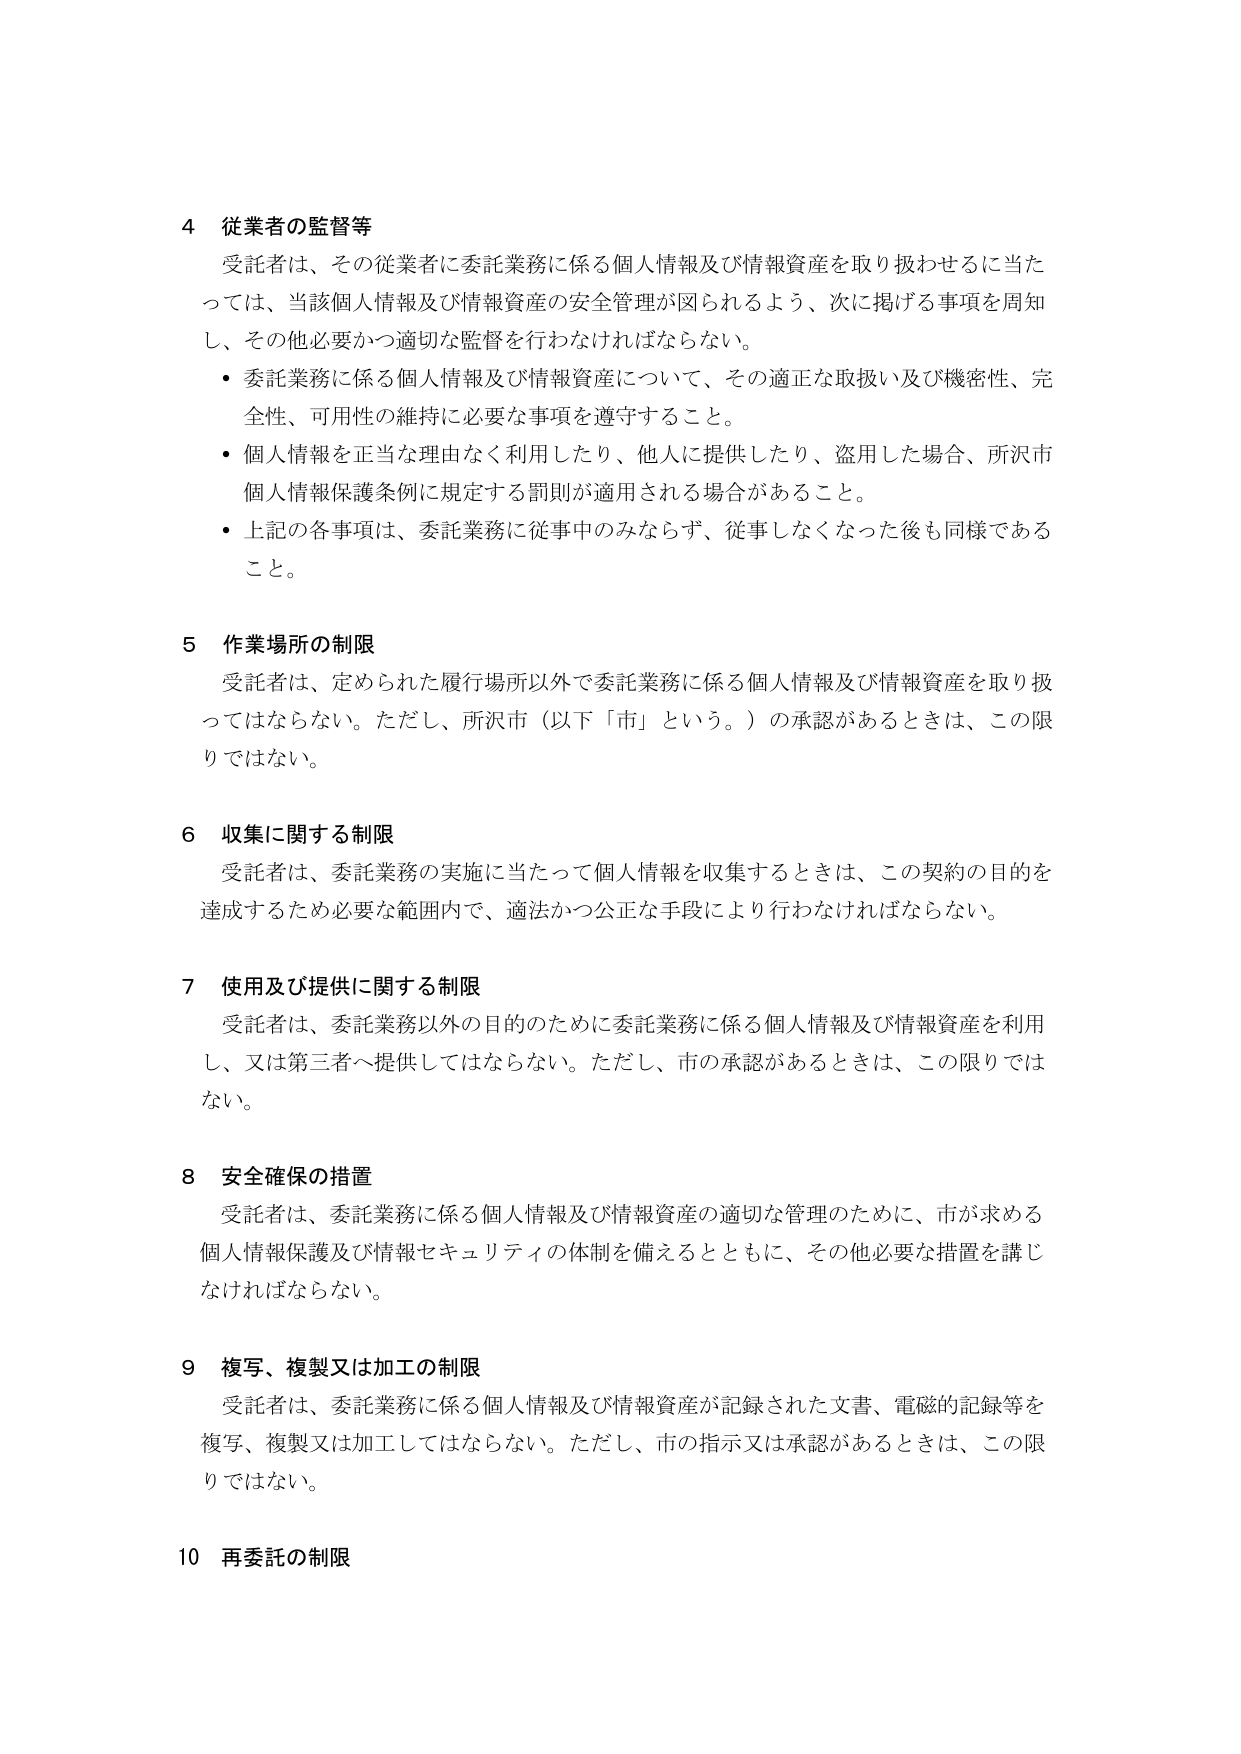
4 従業者の監督等
受託者は、その従業者に委託業務に係る個人情報及び情報資産を取り扱わせるに当たっては、当該個人情報及び情報資産の安全管理が図られるよう、次に掲げる事項を周知し、その他必要かつ適切な監督を行わなければならない。
・ 委託業務に係る個人情報及び情報資産について、その適正な取扱い及び機密性、完全性、可用性の維持に必要な事項を遵守すること。
・ 個人情報を正当な理由なく利用したり、他人に提供したり、盗用した場合、所沢市個人情報保護条例に規定する罰則が適用される場合があること。
・ 上記の各事項は、委託業務に従事中のみならず、従事しなくなった後も同様であること。

5 作業場所の制限
受託者は、定められた履行場所以外で委託業務に係る個人情報及び情報資産を取り扱ってはならない。ただし、所沢市（以下「市」という。）の承認があるときは、この限りではない。

6 収集に関する制限
受託者は、委託業務の実施に当たって個人情報を収集するときは、この契約の目的を達成するため必要な範囲内で、適法かつ公正な手段により行わなければならない。

7 使用及び提供に関する制限
受託者は、委託業務以外の目的のために委託業務に係る個人情報及び情報資産を利用し、又は第三者へ提供してはならない。ただし、市の承認があるときは、この限りではない。

8 安全確保の措置
受託者は、委託業務に係る個人情報及び情報資産の適切な管理のために、市が求める個人情報保護及び情報セキュリティの体制を備えるとともに、その他必要な措置を講じなければならない。

9 複写、複製又は加工の制限
受託者は、委託業務に係る個人情報及び情報資産が記録された文書、電磁的記録等を複写、複製又は加工してはならない。ただし、市の指示又は承認があるときは、この限りではない。

10 再委託の制限